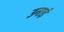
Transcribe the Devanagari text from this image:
उनाई